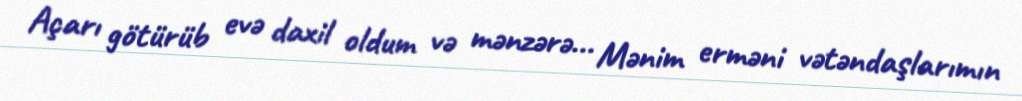
Açarı götürüb evə daxil oldum və mənzərə... Mənim erməni vətəndaşlarımın